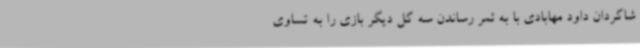
شاگردان داود مهابادی با به ثمر رساندن سه گل دیگر بازی را به تساوی